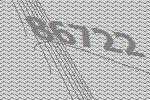
86722